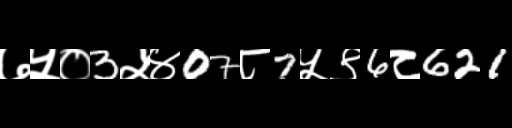
Text: ७५०3५४07८7५९6८621